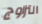
التزاوج